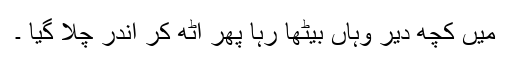
میں کچھ دیر وہاں بیٹھا رہا پھر اٹھ کر اندر چلا گیا ۔